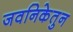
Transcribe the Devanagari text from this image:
जवनिकेतुन